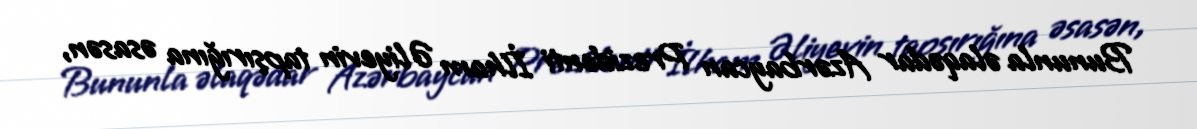
Bununla əlaqədar Azərbaycan Prezidenti İlham Əliyevin tapşırığına əsasən,